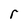
Character: r